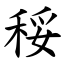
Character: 䅑